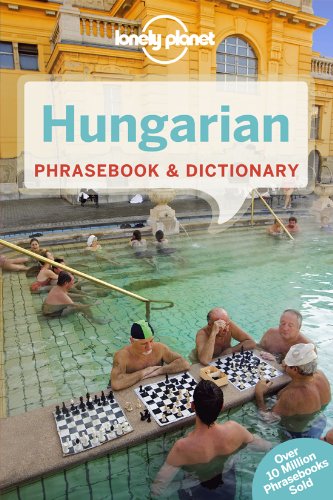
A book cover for Lonely Planet Hungarian Phrasebook & Dictionary (Lonely Planet Phrasebooks); Lonely Planet; Travel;